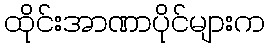
ထိုင်းအာဏာပိုင်များက